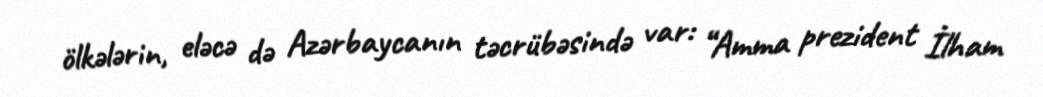
ölkələrin, eləcə də Azərbaycanın təcrübəsində var: “Amma prezident İlham